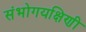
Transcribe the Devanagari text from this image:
संभोगयक्षिणी